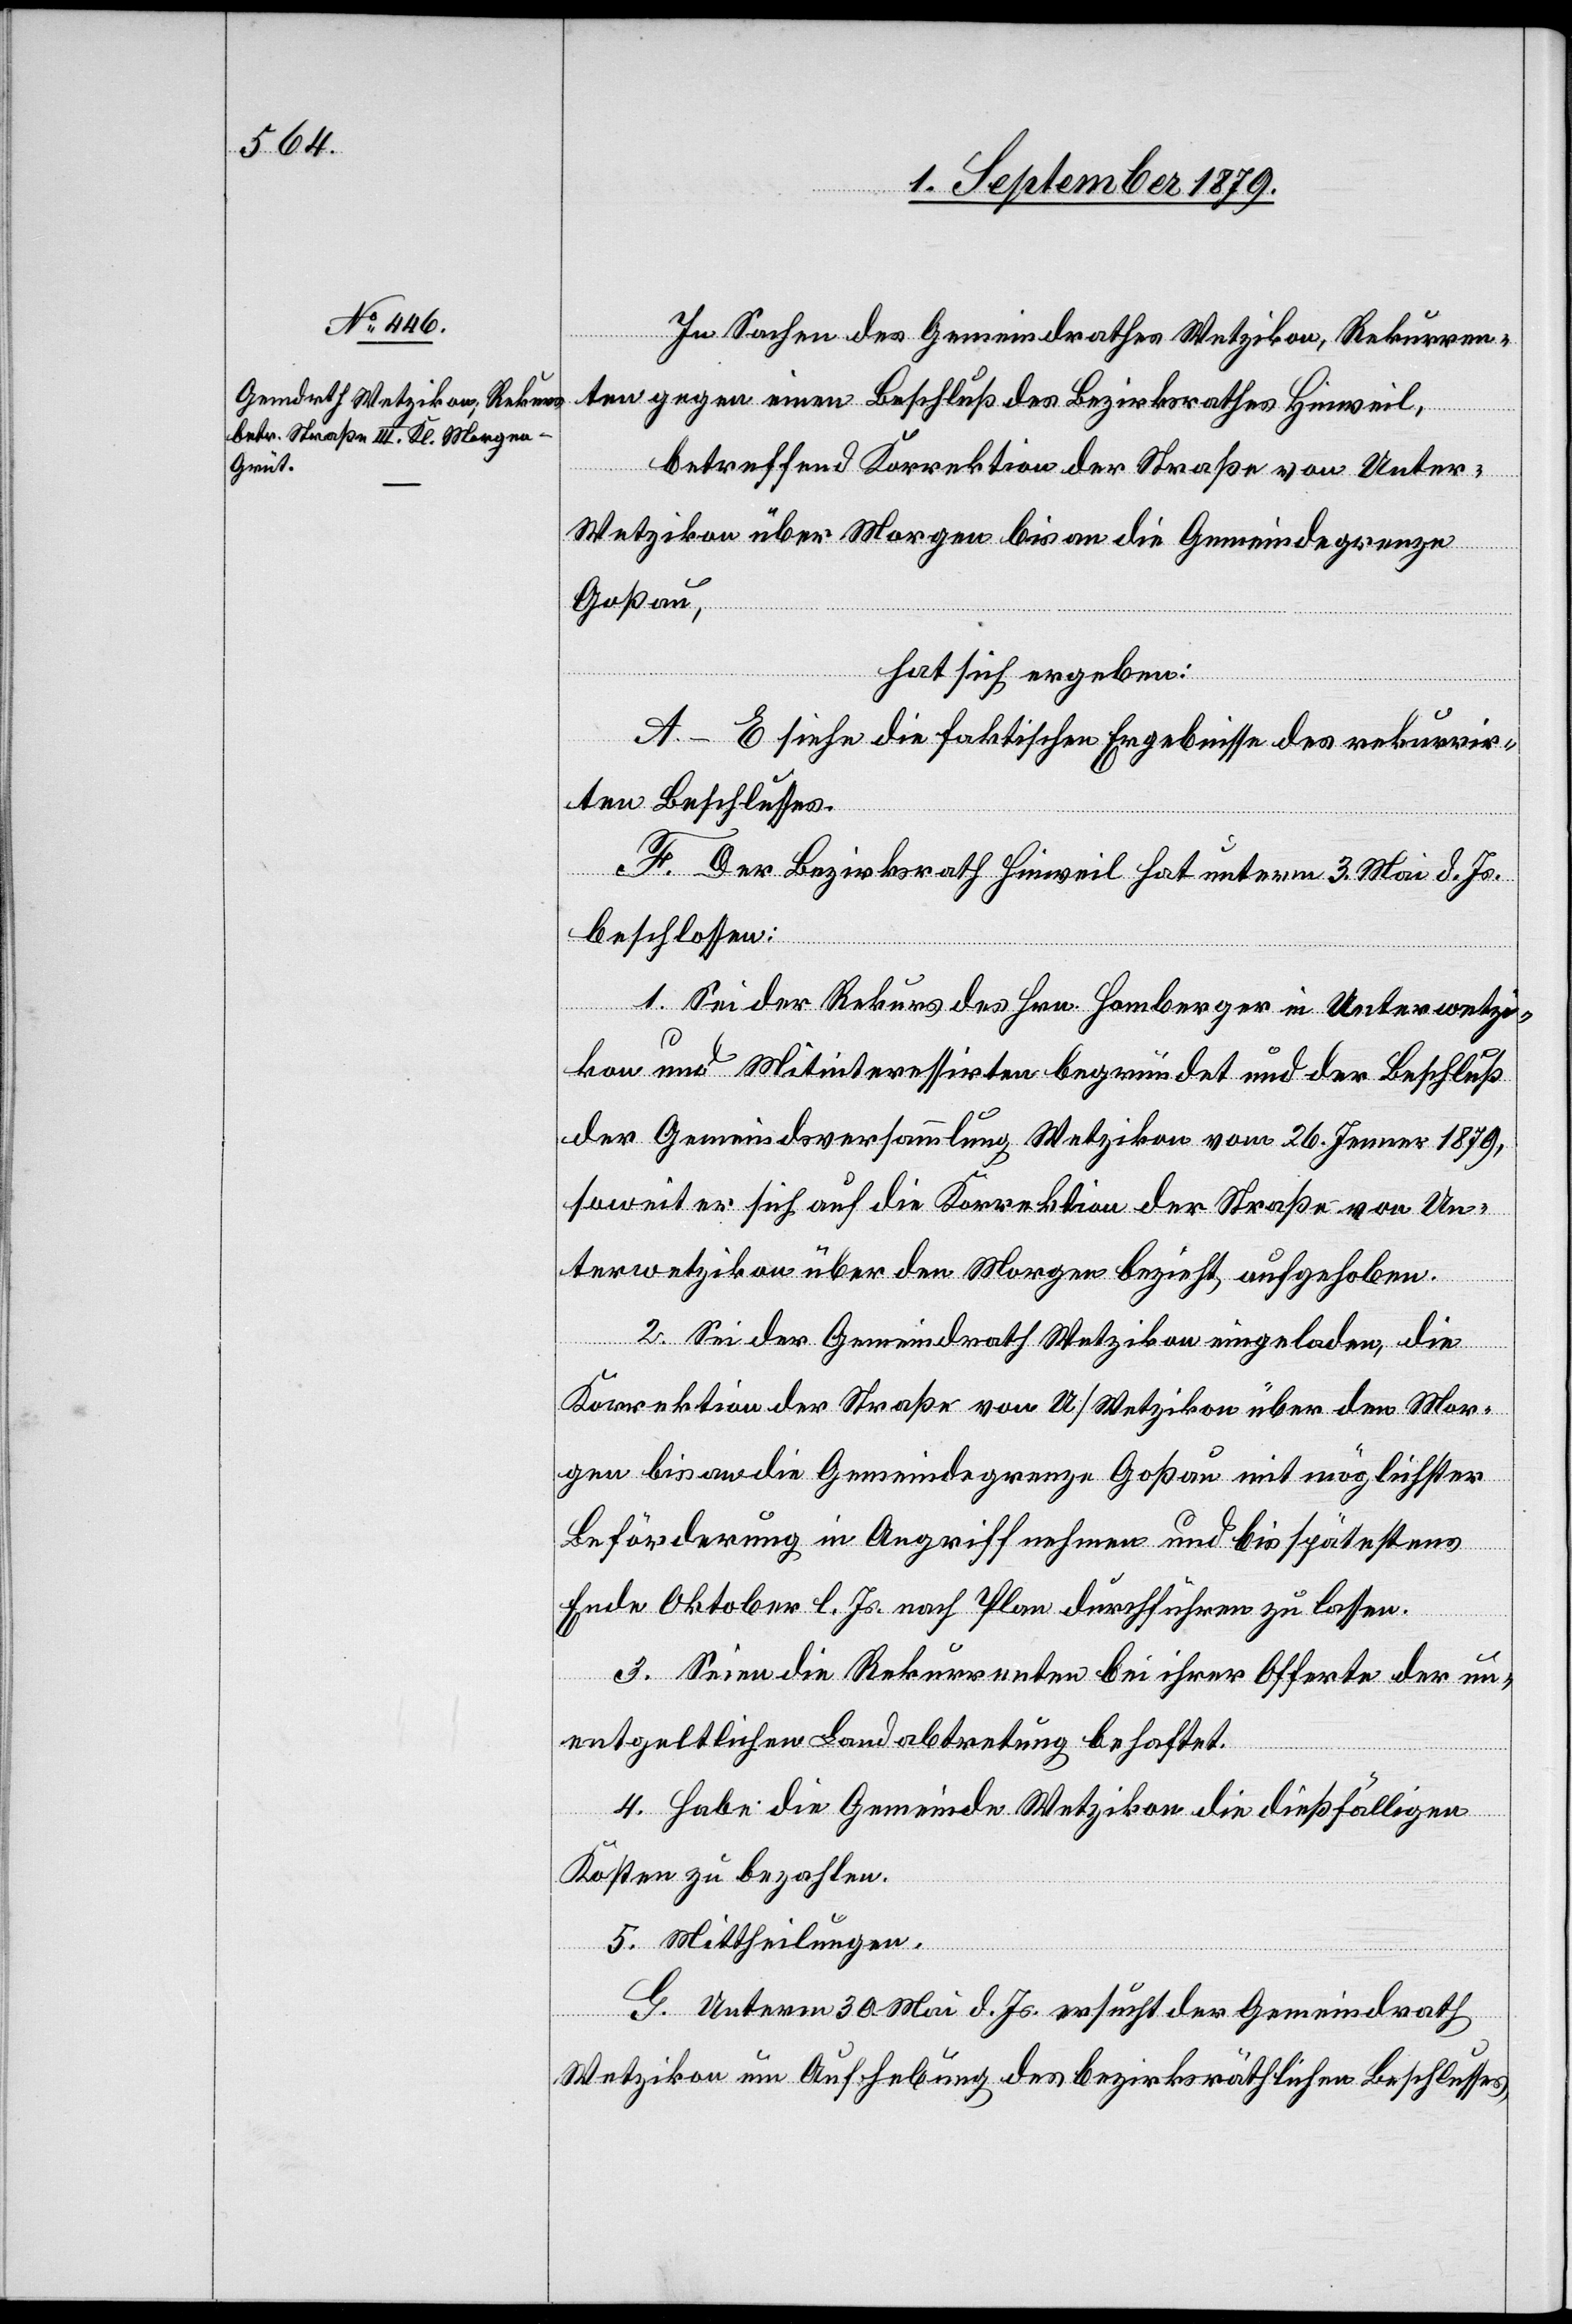
In Sachen des Gemeindrathes Wetzikon, Rekurren¬
ten gegen einen Beschluß des Bezirksrathes Hinweil,
betreffend Korrektion der Straße von Unter-W¬
etzikon über Morgen bis an die Gemeindegrenze
Goßau,
hat sich ergeben:
A–E siehe die faktische Ergebnisse des rekurrir¬
ten Beschlusses.
F. Der Bezirksrath Hinweil hat unterm 3. Mai d. Js.
beschlossen:
1. Sei der Rekurs des Hrn. Homberger in Unterwetzi¬
kon und Mitinteressierten begründet und der Beschluß
der Gemeindsversammlung Wetzikon vom 26. Jenner 1879,
soweit er sich auf die Korrektion der Straße von Un¬
terwetzikon über den Morgen bezieht aufgehoben.
2. Sei der Gemeindrath Wetzikon eingeladen, die
Korrektion der Straße von U/Wetzikon über den Mor¬
gen bis an die Gemeindegrenze Goßau mit möglichster
Beförderung in Angriff nehmen und bis spätestens
Ende Oktober l. Js. nach Plan durchführen zu lassen.
3. Seien die Rekurrenten bei ihrer Offerte der un¬
entgeltlichen Landabtretung behaftet.
4. Habe die Gemeinde Wetzikon die dießfälligen
Kosten zu bezahlen.
5. Mittheilungen.
G. Unterm 30. Mai d. Js. ersucht der Gemeindrath
Wetzikon um Aufhebung des bezirksräthlichen Beschlusses,